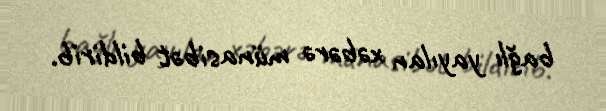
bağlı yayılan xəbərə münasibət bildirib.